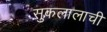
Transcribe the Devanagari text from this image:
सुकलालाची